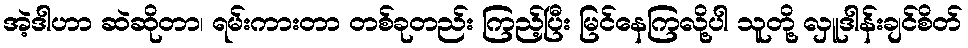
အဲ့ဒါဟာ ဆဲဆိုတာ၊ ရမ်းကားတာ တစ်ခုတည်း ကြည့်ပြီး မြင်နေကြလို့ပါ သူတို့ လှူဒါန်းချင်စိတ်